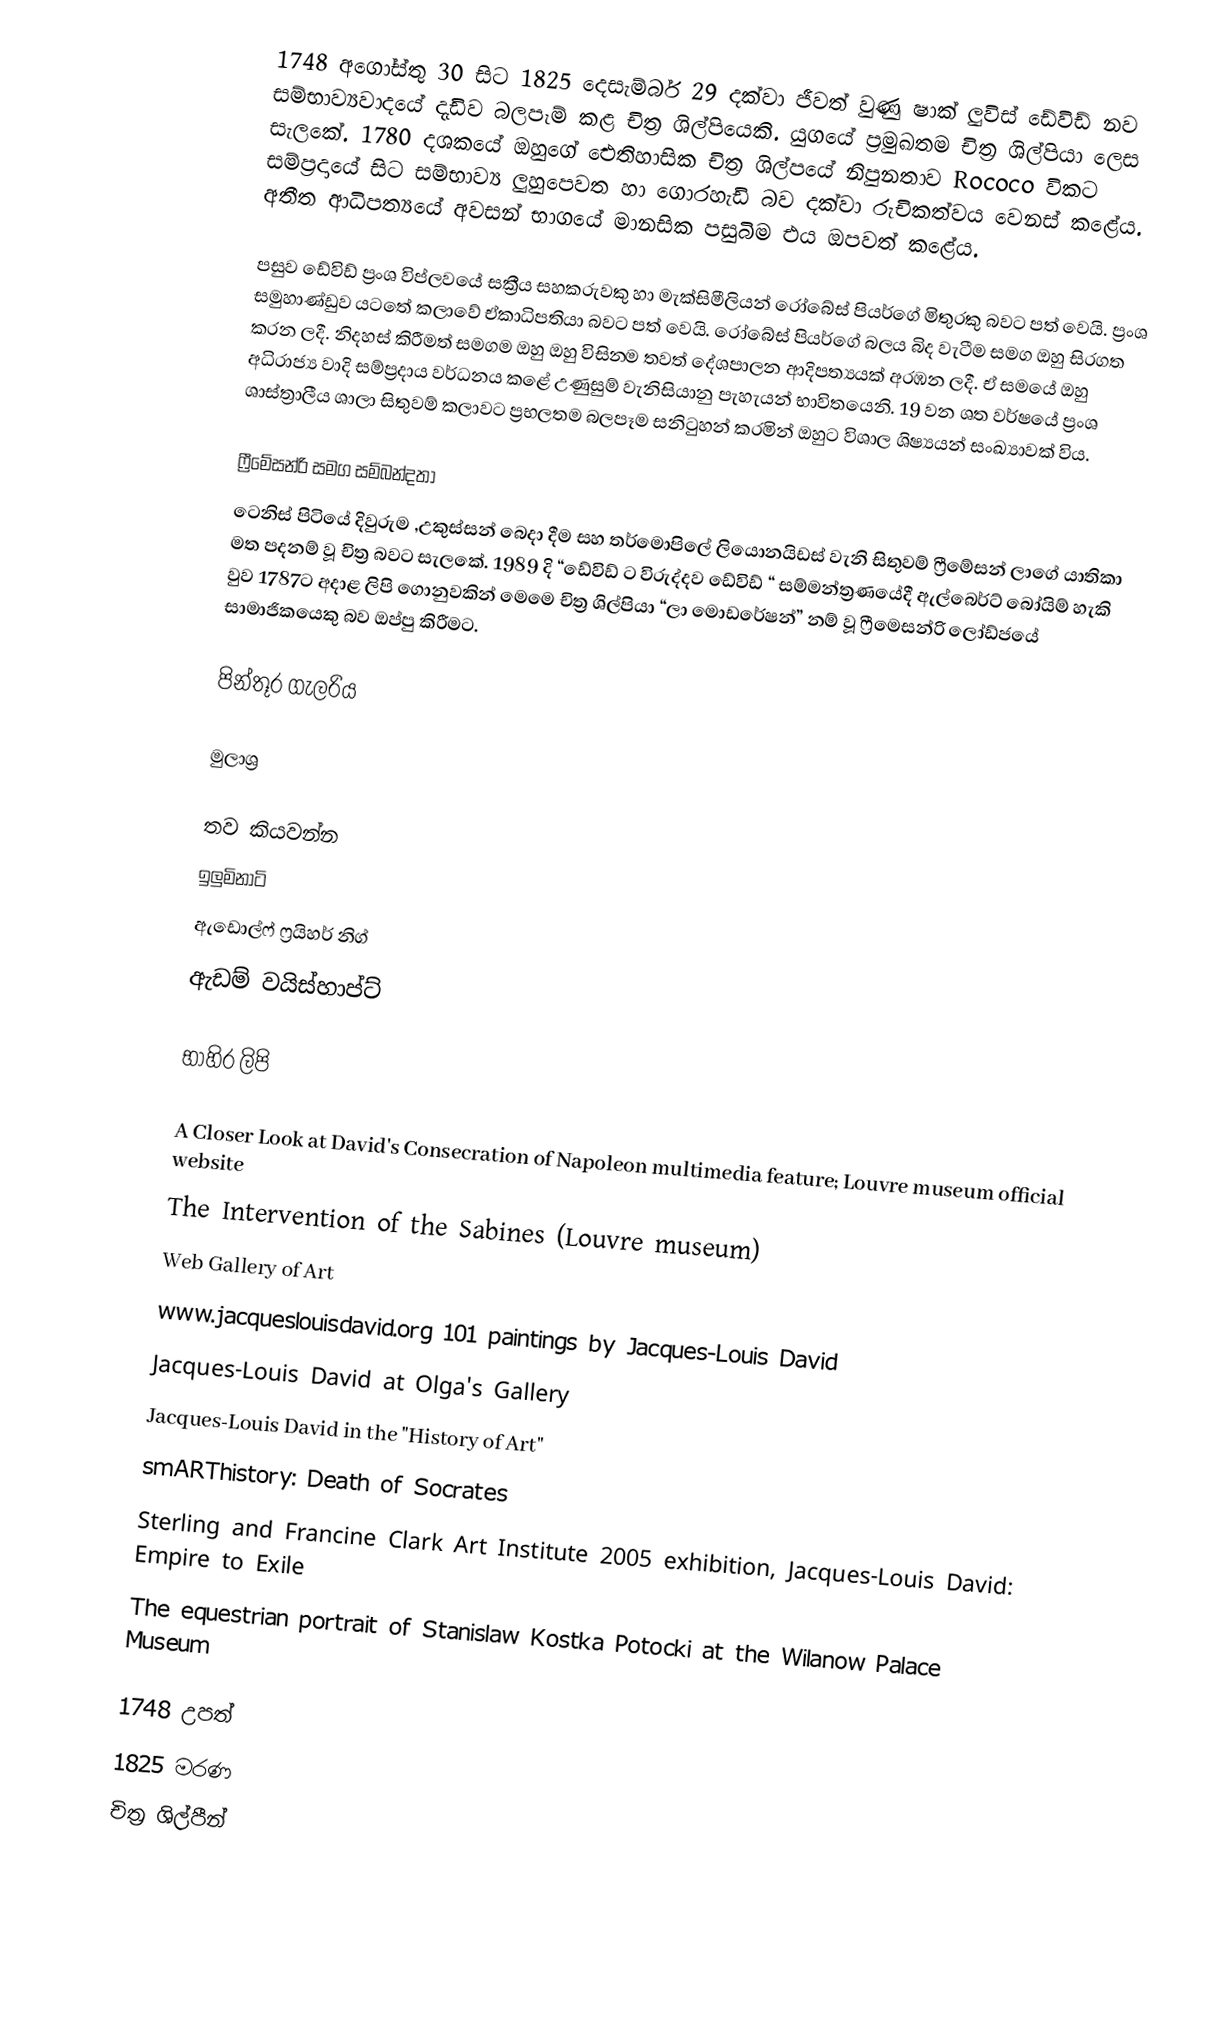
1748 අගෝස්තු 30 සිට 1825 දෙසැම්බර් 29 දක්වා ජීවත් වුණු ෂාක් ලුවිස් ඩේවිඩ් නව සම්භාව්‍යවාදයේ දැඩිව බලපෑම් කළ චිත්‍ර ශිල්පියෙකි. යුගයේ ප්‍රමුඛතම චිත්‍ර ශිල්පියා ලෙස සැලකේ. 1780 දශකයේ ඔහුගේ ඓතිහාසික චිත්‍ර ශිල්පයේ නිපුනතාව Rococo විකට සම්ප්‍රදායේ සිට සම්භාව්‍ය ලුහුපෙවත හා ගොරහැඩි බව දක්වා රුචිකත්වය වෙනස් කළේය. අතීත ආධිපත්‍යයේ අවසන් භාගයේ මානසික පසුබිම එය ඔපවත් කළේය.

පසුව ඩේවිඩ් ප්‍රංශ විප්ලවයේ සක්‍රීය සහකරුවකු හා මැක්සිමීලියන් රෝබේස් පියර්ගේ මිතුරකු බවට පත් වෙයි. ප්‍රංශ සමුහාණ්ඩුව යටතේ කලාවේ ඒකාධිපතියා බවට පත් වෙයි. රෝබේස් පියර්ගේ බලය බිද වැටීම සමග ඔහු සිරගත කරන ලදී. නිදහස් කිරීමත් සමගම ඔහු ඔහු විසින‍්ම තවත් දේශපාලන ආදිපත්‍යයක් අරඹන ලදී. ඒ සමයේ ඔහු අධිරාජ්‍ය වාදි සම්ප්‍රදාය වර්ධනය කළේ උණුසුම් වැනිසියානු පැහැයන් භාවිතයෙනි. 19 වන ශත වර්ෂයේ ප්‍රංශ ශාස්ත්‍රාලීය ශාලා සිතුවම් කලාවට ප්‍රභලතම බලපෑම සනිටුහන් කරමින් ඔහුට විශාල ශිෂ්‍යයන් සංඛ්‍යාවක් විය.

ෆ්‍රීමේසන්රි සමග සම්බන්දතා
ටෙනිස් පිටියේ දිවුරුම ,උකුස්සන් බෙදා දීම සහ තර්මොපිලේ ලියොනයිඩස් වැනි සිතුවම් ෆ්‍රීමේසන් ලාගේ යාතිකා මත පදනම් වූ චිත්‍ර බවට සැලකේ. 1989 දි  “ඩේවිඩ් ට විරුද්දව ඩේවිඩ් “ සම්මන්ත්‍රණයේදී  ඇල්බෙර්ට් බෝයිම් හැකි වුව 1787ට අදාළ ලිපි ගොනුවකින්  මෙමෙ චිත්‍ර ශිල්පියා “ලා මොඩරේෂන්” නම් වූ ෆ්‍රීමෙසන්රි ලෝඩ්ජයේ සාමාජිකයෙකු බව ඔප්පු කිරීමට.

පින්තූර ගැලරිය

මුලාශ්‍ර

තව කියවන්න
 ඉලුමිනාටි
 ඇඩොල්ෆ් ෆ්‍රයිහර් නිග්
 ඇඩම් වයිස්හාප්ට්

භාහිර ලිපි

A Closer Look at David's Consecration of Napoleon multimedia feature; Louvre museum official website
The Intervention of the Sabines (Louvre museum)
Web Gallery of Art
www.jacqueslouisdavid.org 101 paintings by Jacques-Louis David
Jacques-Louis David at Olga's Gallery
Jacques-Louis David in the "History of Art"
smARThistory: Death of Socrates
Sterling and Francine Clark Art Institute 2005 exhibition, Jacques-Louis David: Empire to Exile
The equestrian portrait of Stanislaw Kostka Potocki at the Wilanow Palace Museum

1748 උපත්
1825 මරණ
චිත්‍ර ශිල්පීන්